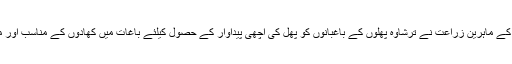
2015ء) جامعہ زرعیہ فیصل آباد کے ماہرین زراعت نے ترشاوہ پھلوں کے باغبانوں کو پھل کی اچھی پیداوار کے حصول کیلئے باغات میں کھادوں کے مناسب اور متناسب استعمال کی ہدایت کی ہے ۔